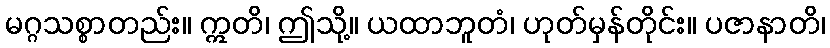
မဂ္ဂသစ္စာတည်း။ ဣတိ၊ ဤသို့။ ယထာဘူတံ၊ ဟုတ်မှန်တိုင်း။ ပဇာနာတိ၊